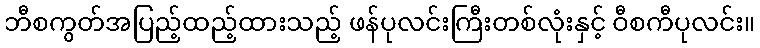
ဘီစကွတ်အပြည့်ထည့်ထားသည့် ဖန်ပုလင်းကြီးတစ်လုံးနှင့် ဝီစကီပုလင်း။